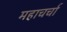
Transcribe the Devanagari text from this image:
महाचर्चा